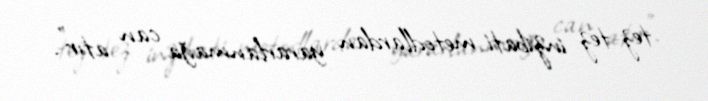
tez-tez inzibati metodlardan yararlanmağa can atır".